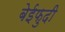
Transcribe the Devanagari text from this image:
बेईफुदी